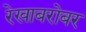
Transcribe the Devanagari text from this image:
रेखाबरोबर